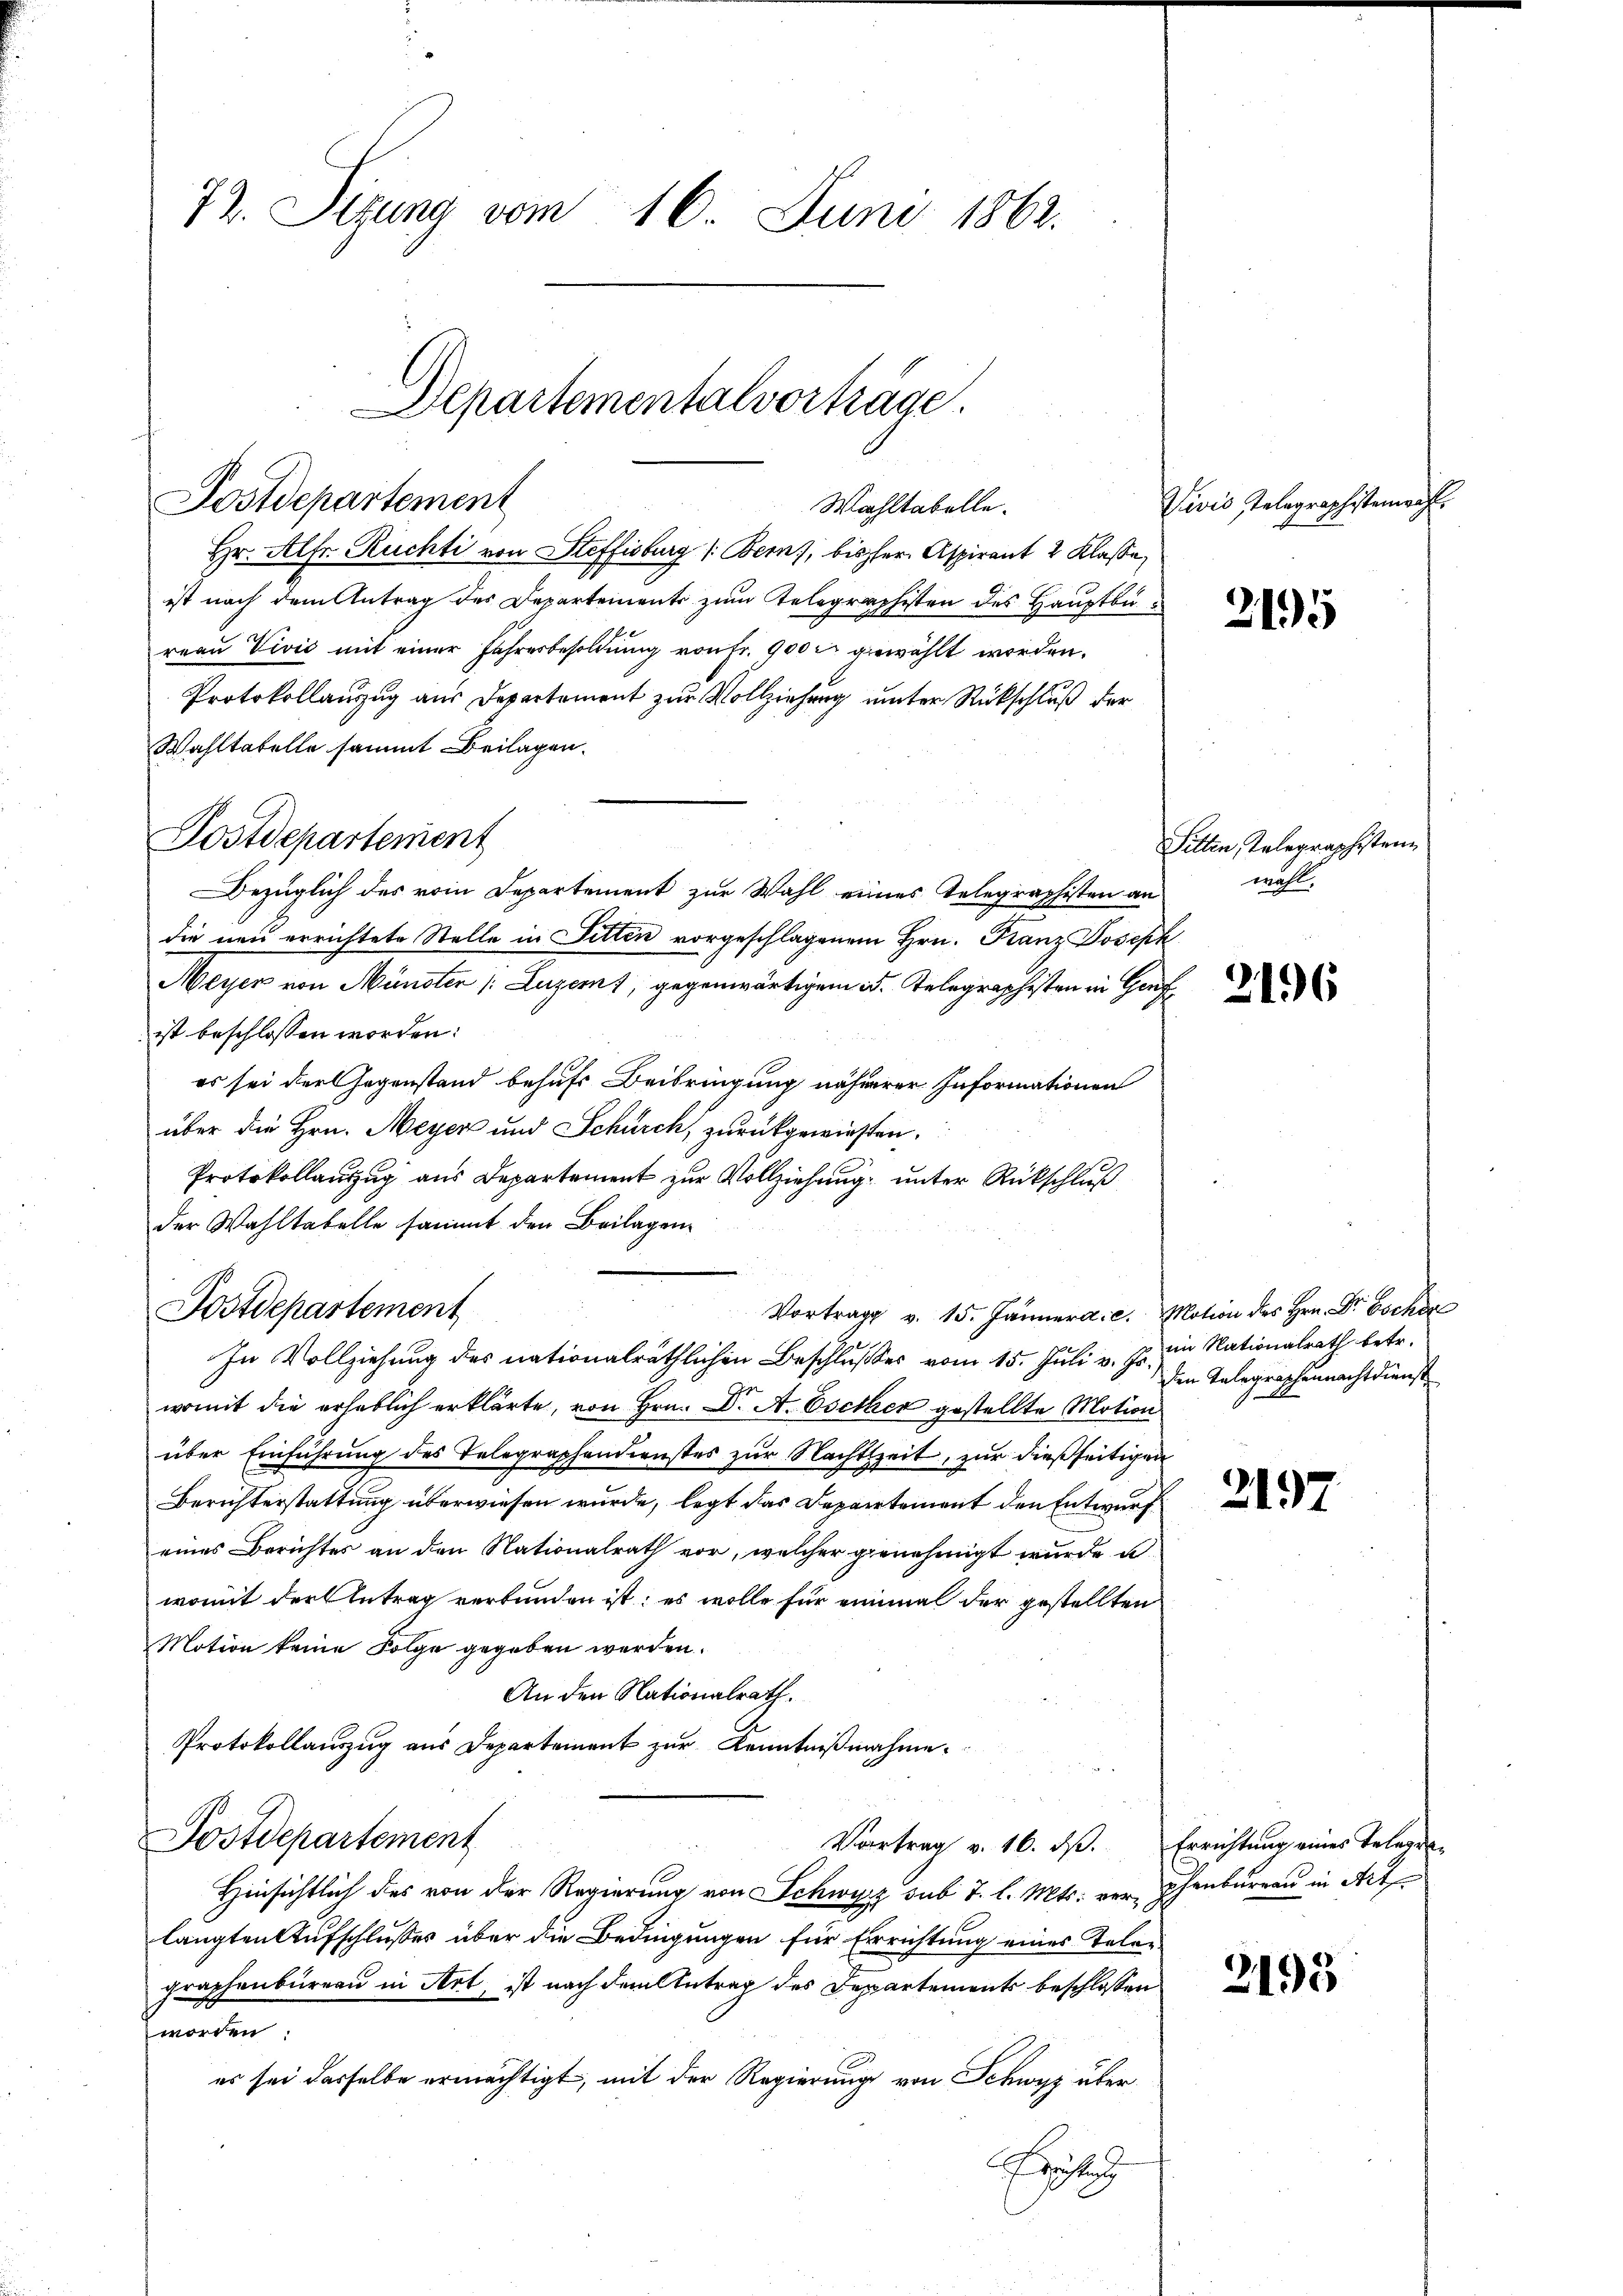
72. Sizung vom 16. Juni 1862.

Postdepartement
Wahltabelle.

Postdepartement

Postdepartement

Departementalvorträge.

Hr. Alfr. Rüchti von Steffisburg (: Bern, bisher Aspirant 2 Klasse
ist nach dem Antrag des Departements zum Telegraphisten des Hauptbu
reau Vivić mit einer Jahresbesoldung von Fr. 900 rt gewählt worden.
Protokollauzug aus Departement zur Vollziehung unter Rückschluß der
Wahltatelle sammt Beilagen.
Bezüglich des vom Departement zur Wahl eines Telegraphisten an wohl
die neu errichtete Stelle in Sitten vorgeschlagenem Hrn. Kanz Joseph
Meyer von Münster /: Luzemt, gegenwärtigen d. Telegraphisten in Genf
ist beschlossen worden:
es sei der Gegenstand behufs Beibringung näherer Informationen
über die Hrn. Meyer und Schürch, zurückgewiesen.
Protokollauszug aus Departement zur Vollziehung unter Rückschluß
der Wahltabelle sammt den Beilagen
In Vollziehung des nationalräthlichen Beschlußes vom 15. Juli v. Js.,
womit die erheblich erklärte, von Hrn. Dr. A. Escher gestellte Motion
über Einführung des Telegraphendienstes zur Nachtzeit, zur dießseitigen
Berichterstattung überwiesen wurde, legt das Departement den Entwurf
eines Berichtes an den Nationalrath vor, welcher genehmigt wurde u.
womit der Antrag verbunden ist: es wolle für einmal der gestellten
Motion keine Folge gegeben werden.
An den Nationalrath.
Protokollauszug aus Departement zur Kenntnißnahme.
u
Postdepartement
Vortrag v. 16. dß. Errichtung eines Telegra¬
Hinsichtlich des von der Regierung von Schwyz sub 7 l. Mts. vor Schenbureau in Art
langten Aufschlußes über die Bedingungen für Errichtung eines Telegraphenbürern in Art, ist nach dem Antrag des Departements beschlossen
worden:
es sei dasselbe ermächtigt, mit der Regierung von Schwyz über
Fr.

Vortrag v. 15. Jänner a. c. Motion des Hrn. Dr. Bockön

Vivis Telegraphistenwahl.

2195

Sitten, Telegraphisten

2196

im Nationalrath betr.
den Telegraphennachtdienst

2197

2195